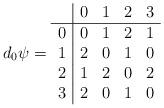
LaTeX: \begin{align*} d_0\psi=\begin{array}{c|cccc} &0&1&2&3\\ \hline 0&0&1&2&1\\ 1&2&0&1&0\\ 2&1&2&0&2\\ 3&2&0&1&0 \end{array}\end{align*}